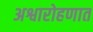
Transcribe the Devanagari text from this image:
अश्वारोहणात